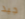
جيد